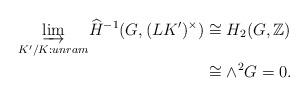
LaTeX: \begin{align*}\underset{K'/K:unram}\varinjlim \widehat{H}^{-1}(G,(LK')^\times) &\cong H_2(G, \mathbb{Z}) \\&\cong \wedge^2 G = 0.\end{align*}